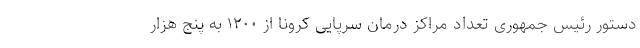
دستور رئیس جمهوری تعداد مراکز درمان سرپایی کرونا از ۱۲۰۰ به پنج هزار